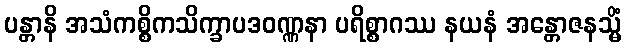
ပန္တာနိ အသံကစ္စိကသိက္ခာပဒဝဏ္ဏနာ ပရိစ္စာဂဿ နယနံ အန္တောဇနသ္မိံ